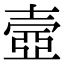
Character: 壼